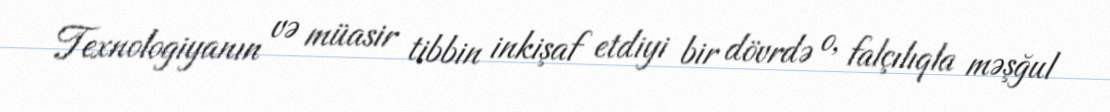
Texnologiyanın və müasir tibbin inkişaf etdiyi bir dövrdə o, falçılıqla məşğul